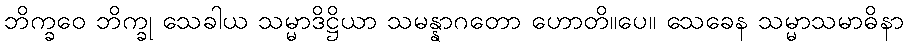
ဘိက္ခဝေ ဘိက္ခု သေခါယ သမ္မာဒိဋ္ဌိယာ သမန္နာဂတော ဟောတိ။ပေ။ သေခေန သမ္မာသမာဓိနာ